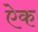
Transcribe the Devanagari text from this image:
एेक